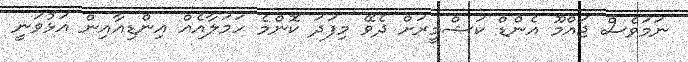
ނަމަވެސް ޖައްމޫ އެންޑް ކަޝްމީރަށް ދެވޭ މިފަދަ ކޮންމެ ހަމަލާއެއް އިންޑިއާއިން އަޅުވަނީ